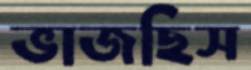
ভাজছিস